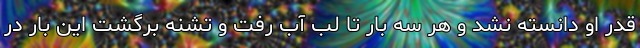
قدر او دانسته نشد و هر سه بار تا لب آب رفت و تشنه برگشت این بار در